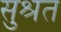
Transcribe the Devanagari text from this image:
सुश्रत